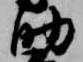
助